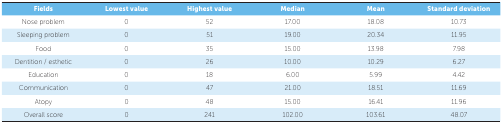
| Fields | Lowest value | Highest value | Median | Mean | Standard deviation |
 | --- | --- | --- | --- | --- | --- |
 | Nose problem | 0 | 52 | 17.00 | 18.08 | 10.73 |
 | Sleeping problem | 0 | 51 | 19.00 | 20.34 | 11.95 |
 | Food | 0 | 35 | 15.00 | 13.98 | 7.98 |
 | Dentition / esthetic | 0 | 26 | 10.00 | 10.29 | 6.27 |
 | Education | 0 | 18 | 6.00 | 5.99 | 4.42 |
 | Communication | 0 | 47 | 21.00 | 18.51 | 11.69 |
 | Atopy | 0 | 48 | 15.00 | 16.41 | 11.96 |
 | Overall score | 0 | 241 | 102.00 | 103.61 | 48.07 |